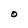
Character: O